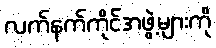
လက်နက်ကိုင်အဖွဲ့များကို